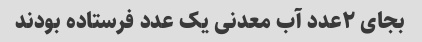
بجای ٢عدد آب معدنی یک عدد فرستاده بودند